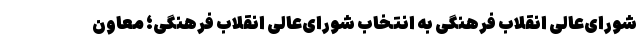
شورای‌عالی انقلاب فرهنگی به انتخاب شورای‌عالی انقلاب فرهنگی؛ معاون